Civil Veterinary Department. Central Provinces & Berar 1925-31 - 1925-1931
Year: 1925
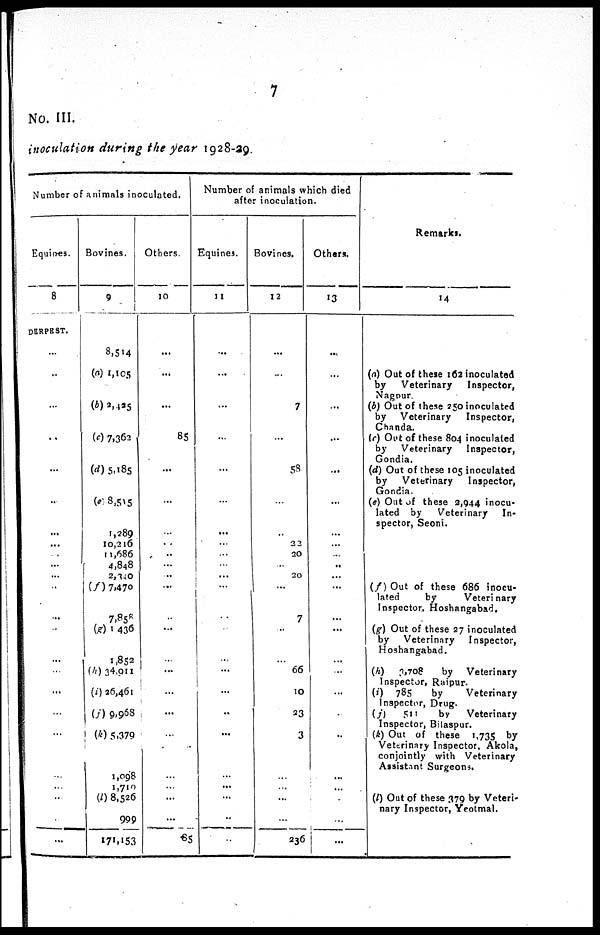
7
No. III.
inoculation during the year 1928-29.
Number of animals inoculated.
Equines.
8
DERPEST.
...
...
...
...
...
...
...
...
...
...
...
...
...
...
...
...
...
...
...
...
...
...
..
...
Bovines.
9
8,514
(a) 1,105
(b) 2,425
(c) 7,362
(d) 5,185
(e) 8,515
1,289
10,216
11,686
4,848
2,340
(f) 7,470
7,858
(g) 1 436
1,852
(h) 34,911
(i) 26,461
(j) 9,968
(k) 5,379
1,098
1,710
(l) 8,526
999
171,153
Others.
10
...
...
...
85
...
...
...
...
...
...
...
...
...
...
...
...
...
...
...
...
...
...
...
65
Number of animals which died
after inoculation.
Equines.
11
...
...
...
...
...
...
...
...
...
...
...
...
...
...
...
...
...
...
...
...
...
...
..
Bovines.
12
...
...
7
...
58
...
...
2 2
20
...
20
...
7
...
...
66
10
23
3
...
...
...
...
236
Others.
13
...
...
...
...
...
...
...
...
...
...
...
...
...
...
...
...
...
...
...
...
...
...
...
...
Remarks.
14
(a) Out of these 162 inoculated
by
Veterinary
Inspector,
Nagnur.
(b) Out of these 250 inoculated
by
Veterinary
Inspector,
Chanda.
(c) Out of these 804 inoculated
by
Veterinary
Inspector,
Gondia.
(d) Out of these 105 inoculated
by
Veterinary
Inspector,
Gondia.
(e) Out of these 2,944 inocu-
lated by
Veterinary
In-
spector, Seoni.
(f) Out of these 686 inocu-
lated
by
Veterinary
Inspector, Hoshangabad.
(g) Out of these 27 inoculated
by
Veterinary
Inspector,
Hoshangabad.
(h)
3,708
by
Veterinary
Inspector, Raipur.
(i)
785
by
Veterinary
Inspector, Drug.
(j)
511
by
Veterinary
Inspector, Bilaspur.
(k) Out of these 1,735 by
Veterinary Inspector, Akola,
conjointly with Veterinary
Assistant Surgeons.
(l) Out of these 379 by Veteri-
nary Inspector, Yeotmal.